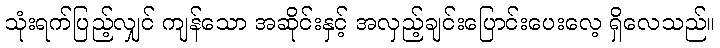
သုံးရက်ပြည့်လျှင် ကျန်သော အဆိုင်းနှင့် အလှည့်ချင်းပြောင်းပေးလေ့ ရှိလေသည်။